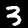
Label: 3